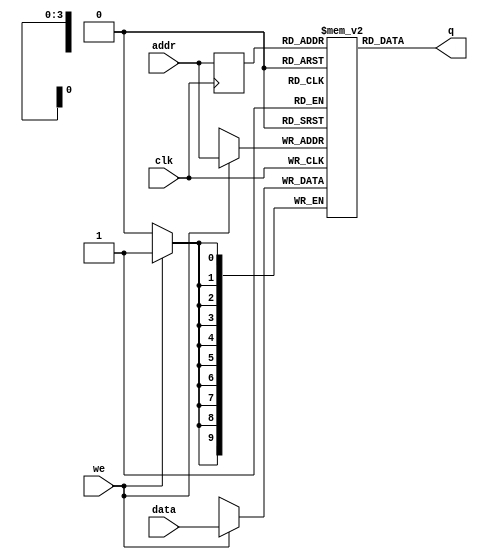
module memoria_tiro(
    input        clk,
    input        we,
    input  [9:0] data,
    input  [3:0] addr,
    output [9:0] q
);

    // Variavel RAM (armazena dados)
    reg [9:0] ram[15:0];

    // Registra endereco de acesso
    reg [3:0] addr_reg;

    // Especifica conteudo inicial da RAM
    // a partir da leitura de arquivo usando $readmemb
    initial begin
        ram[4'b0] =  10'b0000_0000_00;
        ram[4'd1] =  10'b0000_0000_00;
        ram[4'd2] =  10'b0000_0000_00;
        ram[4'd3] =  10'b0000_0000_00;
        ram[4'd4] =  10'b0000_0000_00;
        ram[4'd5] =  10'b0000_0000_00;
        ram[4'd6] =  10'b0000_0000_00;
        ram[4'd7] =  10'b0000_0000_00;
        ram[4'd8] =  10'b0000_0000_00;
        ram[4'd9] =  10'b0000_0000_00;
        ram[4'd10] = 10'b0000_0000_00;
        ram[4'd11] = 10'b0000_0000_00;
        ram[4'd12] = 10'b0000_0000_00;
        ram[4'd13] = 10'b0000_0000_00;
        ram[4'd14] = 10'b0000_0000_00;
        ram[4'd15] = 10'b0000_0000_00;
    end 

    always @ (posedge clk)
    begin
        // Escrita da memoria
        if (we)
            ram[addr] <= data;

        addr_reg <= addr;
    end

    // Atribuicao continua retorna dado
    assign q = ram[addr_reg];

endmodule